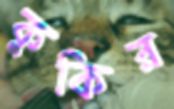
কুকির